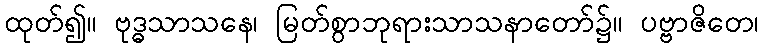
ထုတ်၍။ ဗုဒ္ဓသာသနေ၊ မြတ်စွာဘုရားသာသနာတော်၌။ ပဗ္ဗာဇိတေ၊